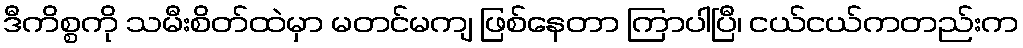
ဒီကိစ္စကို သမီးစိတ်ထဲမှာ မတင်မကျ ဖြစ်နေတာ ကြာပါပြီ၊ ငယ်ငယ်ကတည်းက